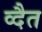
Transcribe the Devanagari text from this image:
व्दैत